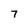
Character: 7